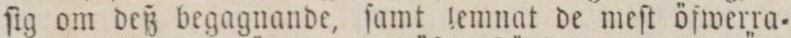
ſig om deß begagnande, ſamt lemnat de meſt öfwerra=